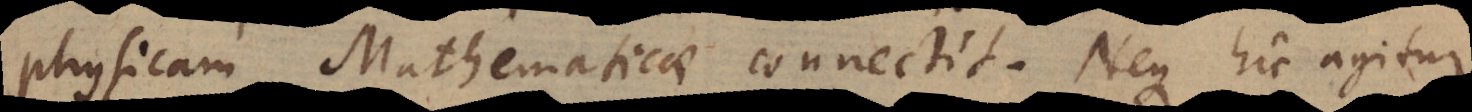
physicam Mathematicae connectit. Neque hic agitur